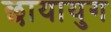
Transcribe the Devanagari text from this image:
छायायुग